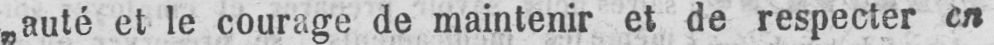
„auté et le courage de maintenir et de respecter en